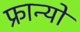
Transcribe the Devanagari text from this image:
फ्रान्यो